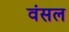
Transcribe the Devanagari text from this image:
वंसल